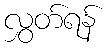
လွှတ်ရန်